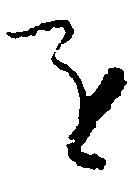
を